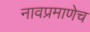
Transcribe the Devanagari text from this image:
नावप्रमाणेच